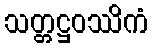
သတ္တဋ္ဌဝဿိကံ